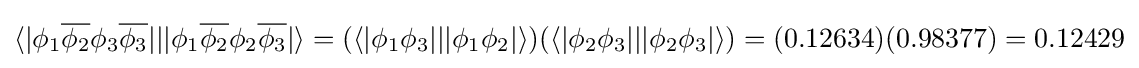
\langle |\phi _{1}{\overline {\phi _{2}}}\phi _{3}{\overline {\phi _{3}}}|||\phi _{1}{\overline {\phi _{2}}}\phi _{2}{\overline {\phi _{3}}}|\rangle =(\langle |\phi _{1}\phi _{3}|||\phi _{1}\phi _{2}|\rangle )(\langle |\phi _{2}\phi _{3}|||\phi _{2}\phi _{3}|\rangle )=(0.12634)(0.98377)=0.12429